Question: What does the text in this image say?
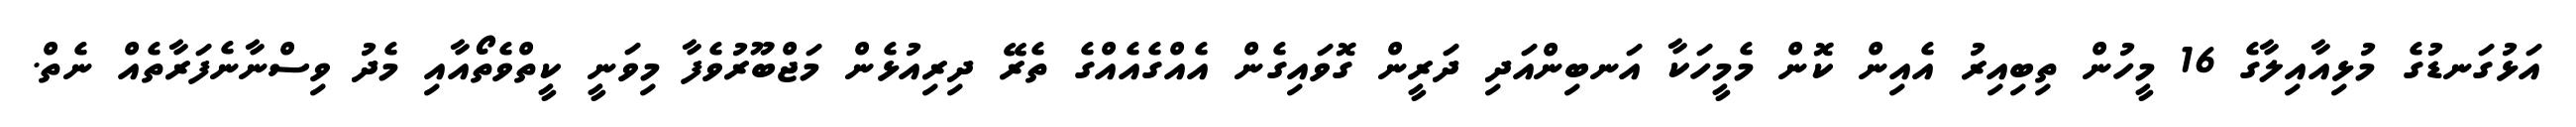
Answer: އަޅުގަނޑުގެ މުޅިއާއިލާގެ 16 މީހުން ތިބިއިރު އެއިން ކޮން މެމީހަކާ އަނބިންއަދި ދަރީން ގޮވައިގެން އެއްގެއެއްގެ ތެރޭ ދިރިއުޅެން މަޖްބޫރުވެފާ މިވަނީ ކީތްވެތޯއާއި މެދު ވިސްނާނެފަރާތެއް ނެތް.